Calcutta medical institutions reports 1879-81 [i.e.91]
Year: 1879
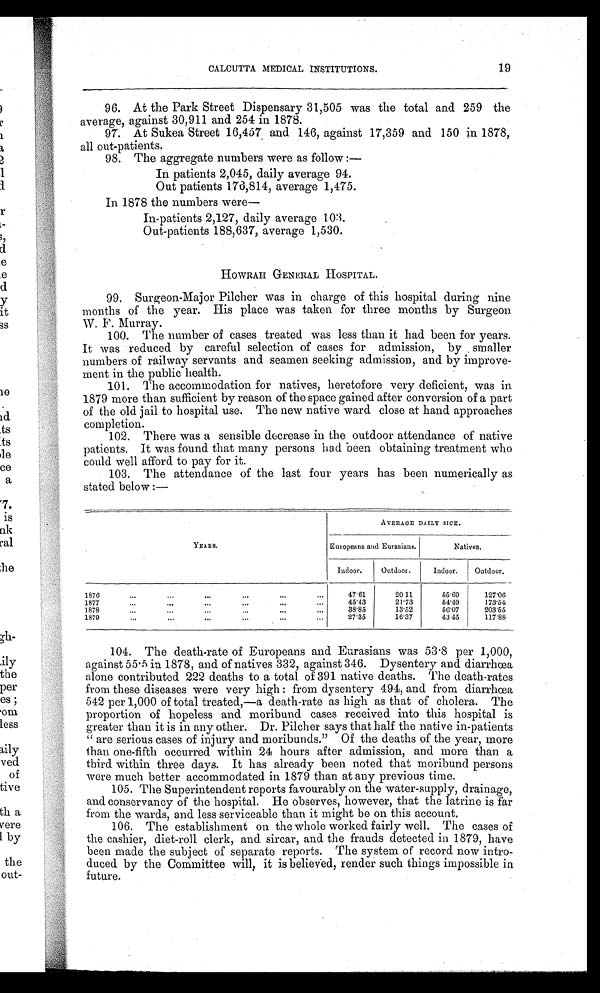
CALCUTTA MEDICAL INSTITUTIONS.
19
96. At the Park Street Dispensary 31,505 was the total and 259 the
average, against 30,911 and 254 in 1878.
97. At Sukea Street 16,457 and 146, against 17,359 and 150 in 1878,
all out-patients.
98. The aggregate numbers were as follow:—
In patients 2,045, daily average 94.
Out patients 176,814, average 1,475.
In 1878 the numbers were
—
In-patients 2,127, daily average 103.
Out-patients 188,637, average 1,530.
HOWRAH GENERAL HOSPITAL.
99. Surgeon-Major Pilcher was in charge of this hospital during nine
months of the year. His place was taken for three months by Surgeon
W. F. Murray.
100. The number of cases treated was less than it had been for years.
It was reduced by careful selection of cases for admission, by smaller
numbers of railway servants and seamen seeking admission, and by improve-
ment in the public health.
101. The accommodation for natives, heretofore very deficient, was in
1879 more than sufficient by reason of the space gained after conversion of a part
of the old jail to hospital use. The new native ward close at hand approaches
completion.
102. There was a sensible decrease in the outdoor attendance of native
patients. It was found that many persons had been obtaining treatment who
could well afford to pay for it.
103. The attendance of the last four years has been numerically as
stated below:—
YEARS.
AVERAGE DAILY SICK.
Europeans and Eurasians.
Natives.
Indoor.
Outdoor.
Indoor.
Outdoor.
1876
47.61
20 11
55.69
127.06
1877
45.43
21.13
54.49
173.54
1878
38.85
13.52
56.07
203.55
1879
27.35
16.37
43 45
117.88
104. The death-rate of Europeans and Eurasians was 53.8 per 1,000,
against 55.5 in 1878, and of natives 332, against 346. Dysentery and diarrhoea
alone contributed 222 deaths to a total of 391 native deaths. The death-rates
from these diseases were very high: from dysentery 494, and from diarrhœa
542 per 1,000 of total treated,—a death-rate as high as that of cholera. The
proportion of hopeless and moribund cases received into this hospital is
greater than it is in any other. Dr. Pilcher says that half the native in-patients
"are serious cases of injury and moribunds." Of the deaths of the year, more
than one-fifth occurred within 24 hours after admission, and more than a
third within three days. It has already been noted that moribund persons
were much better accommodated in 1879 than at any previous time.
105. The Superintendent reports favourably on the water-supply, drainage,
and conservancy of the hospital. He observes, however, that the latrine is far
from the wards, and less serviceable than it might be on this account.
106. The establishment on the whole worked fairly well. The cases of
the cashier, diet-roll clerk, and sircar, and the frauds detected in 1879, have
been made the subject of separate reports. The system of record now intro-
duced. by the Committee will, it is believed, render such things impossible in
future.